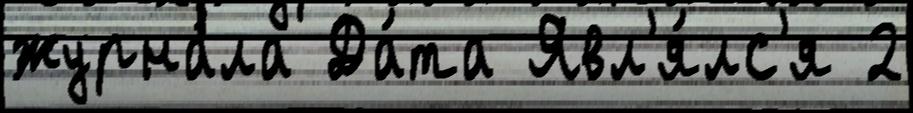
журна́ла Да́та Явл'я́лс'я 2